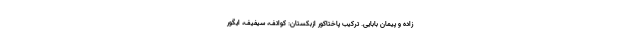
زاده و پیمان بابایی. ترکیب پاختاکور ازبکستان: کواتف، سیفیف، ایگور